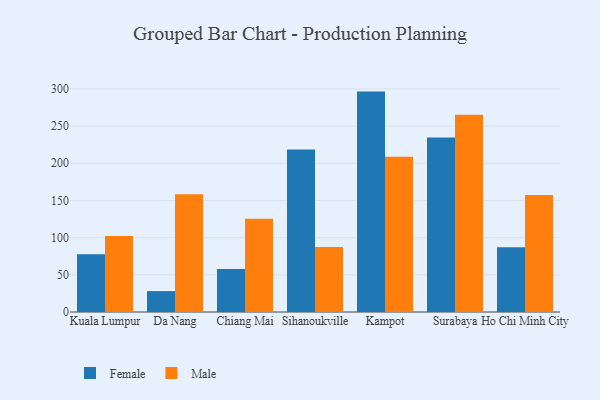
{"axis": {"x": "City", "y": "Active Users"}, "legend": ["Female", "Male"], "data": [{"x": "Kuala Lumpur", "y": 77.7, "type": "Female"}, {"x": "Kuala Lumpur", "y": 102.1, "type": "Male"}, {"x": "Da Nang", "y": 28.1, "type": "Female"}, {"x": "Da Nang", "y": 158.2, "type": "Male"}, {"x": "Chiang Mai", "y": 57.7, "type": "Female"}, {"x": "Chiang Mai", "y": 125.5, "type": "Male"}, {"x": "Sihanoukville", "y": 218.5, "type": "Female"}, {"x": "Sihanoukville", "y": 87.5, "type": "Male"}, {"x": "Kampot", "y": 296.3, "type": "Female"}, {"x": "Kampot", "y": 208.6, "type": "Male"}, {"x": "Surabaya", "y": 234.6, "type": "Female"}, {"x": "Surabaya", "y": 265.3, "type": "Male"}, {"x": "Ho Chi Minh City", "y": 86.9, "type": "Female"}, {"x": "Ho Chi Minh City", "y": 157.3, "type": "Male"}]}